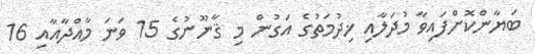
ބަޔާންކޮށްފައިވާ މުދަލާއި ޚިދުމަތުގެ އަގުން މި ޤާނޫނުގެ 15 ވަނަ މާއްދާއާއި 16